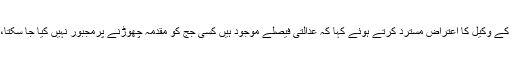
جسٹس عمر عطاء بندیال نے جسٹس قاضی فائز عیسی کے وکیل کا اعتراض مسترد کرتے ہوئے کہا کہ عدالتی فیصلے موجود ہیں کسی جج کو مقدمہ چھوڑنے پرمجبور نہیں کیا جا سکتا، منیر اے ملک صاحب آپ کارروائی کو آگے بڑھائیں۔